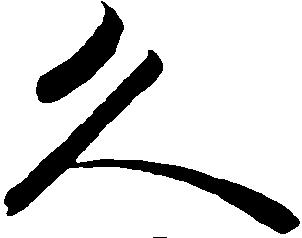
久